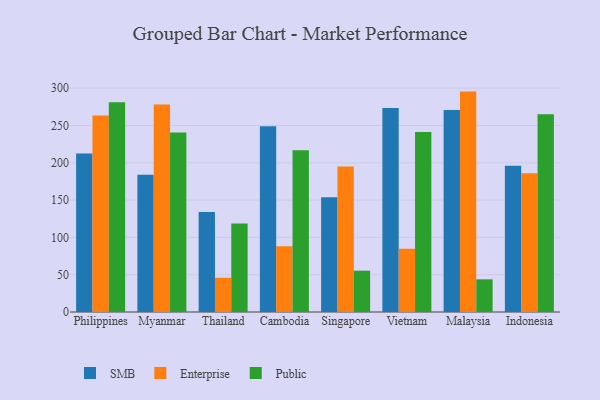
{"axis": {"x": "Country", "y": "Inventory Turnover"}, "legend": ["Enterprise", "Public", "SMB"], "data": [{"x": "Philippines", "y": 212.5, "type": "SMB"}, {"x": "Philippines", "y": 263.3, "type": "Enterprise"}, {"x": "Philippines", "y": 281.0, "type": "Public"}, {"x": "Myanmar", "y": 183.9, "type": "SMB"}, {"x": "Myanmar", "y": 278.0, "type": "Enterprise"}, {"x": "Myanmar", "y": 240.6, "type": "Public"}, {"x": "Thailand", "y": 133.9, "type": "SMB"}, {"x": "Thailand", "y": 45.9, "type": "Enterprise"}, {"x": "Thailand", "y": 118.5, "type": "Public"}, {"x": "Cambodia", "y": 249.0, "type": "SMB"}, {"x": "Cambodia", "y": 88.2, "type": "Enterprise"}, {"x": "Cambodia", "y": 216.8, "type": "Public"}, {"x": "Singapore", "y": 153.9, "type": "SMB"}, {"x": "Singapore", "y": 195.1, "type": "Enterprise"}, {"x": "Singapore", "y": 55.4, "type": "Public"}, {"x": "Vietnam", "y": 273.5, "type": "SMB"}, {"x": "Vietnam", "y": 84.7, "type": "Enterprise"}, {"x": "Vietnam", "y": 241.4, "type": "Public"}, {"x": "Malaysia", "y": 270.9, "type": "SMB"}, {"x": "Malaysia", "y": 295.4, "type": "Enterprise"}, {"x": "Malaysia", "y": 43.8, "type": "Public"}, {"x": "Indonesia", "y": 195.9, "type": "SMB"}, {"x": "Indonesia", "y": 186.1, "type": "Enterprise"}, {"x": "Indonesia", "y": 265.0, "type": "Public"}]}